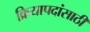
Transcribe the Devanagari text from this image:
क्रियापदांसाठी